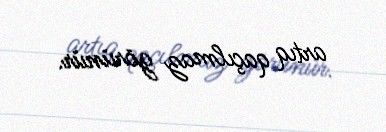
artıq qaçılmaz görünür.